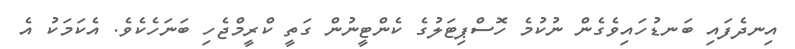
އިނދެފައި ބަނޑުހައިވެގެން ނުކުމެ ހޮސްޕިޓަލުގެ ކެންޓީނުން ގަތީ ކްރީމްޖެހި ބަނަހެކެވެ. އެކަމަކު އެ